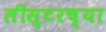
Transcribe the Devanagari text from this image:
लीस्टरच्या